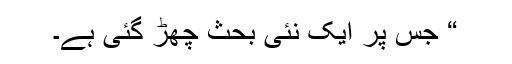
“ جس پر ایک نئی بحث چھڑ گئی ہے۔